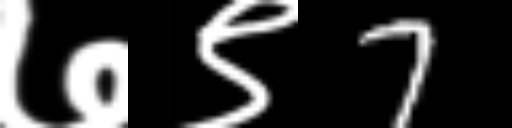
Text: ७९7